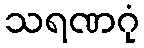
သရဏဂုံ